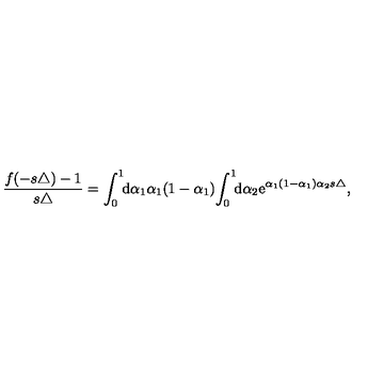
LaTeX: \frac { f ( - s \triangle ) - 1 } { s \triangle } = \int _ { 0 } ^ { 1 } \! \! { \mathrm { d } } \alpha _ { 1 } \alpha _ { 1 } ( 1 - \alpha _ { 1 } ) \! \int _ { 0 } ^ { 1 } \! \! { \mathrm { d } } \alpha _ { 2 } { \mathrm e } ^ { \alpha _ { 1 } ( 1 - \alpha _ { 1 } ) \alpha _ { 2 } s \triangle } ,